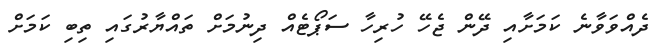
ދެއްވަވާނެ ކަމަށާއި ދޭން ޖެހޭ ހުރިހާ ސަޕޯޓެއް ދިނުމަށް ތައްޔާރުގައި ތިބި ކަމަށް